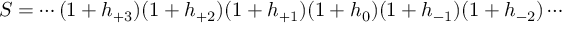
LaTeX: S = \cdots ( 1 + h _ { + 3 } ) ( 1 + h _ { + 2 } ) ( 1 + h _ { + 1 } ) ( 1 + h _ { 0 } ) ( 1 + h _ { - 1 } ) ( 1 + h _ { - 2 } ) \cdots